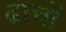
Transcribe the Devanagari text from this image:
ढाचों